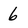
Character: 6